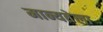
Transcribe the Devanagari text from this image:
मान्यतेला